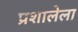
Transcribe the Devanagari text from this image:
प्रशालेला